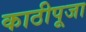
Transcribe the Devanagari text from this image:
काठीपूजा